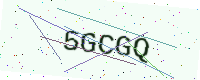
Text: 5GCGQ